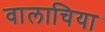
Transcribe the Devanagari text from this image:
वालाचिया